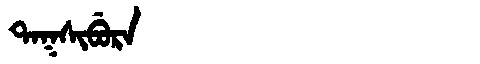
Manchu: ᡨᠠᡴᠰᡳᠪᡠᡵᠠ
Romanization: TAKSIBURA